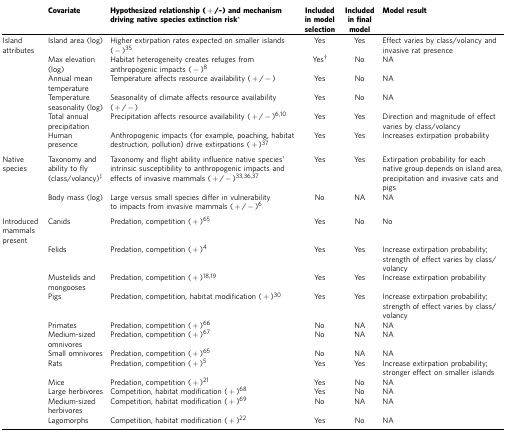
<table><thead><tr><td><b> </b></td><td><b>Covariate</b></td><td><b>Hypothesized relationship (+/–) and mechanism driving native species extinction risk*</b></td><td><b>Included in model selection</b></td><td><b>Included in final model</b></td><td><b>Model result</b></td></tr></thead><tbody><tr><td>Island attributes</td><td>Island area (log)</td><td>Higher extirpation rates expected on smaller islands (−)35</td><td>Yes</td><td>Yes</td><td>Effect varies by class/volancy and invasive rat presence</td></tr><tr><td> </td><td>Max elevation (log)</td><td>Habitat heterogeneity creates refuges from anthropogenic impacts (−)8</td><td>Yes†</td><td>No</td><td>NA</td></tr><tr><td> </td><td>Annual mean temperature</td><td>Temperature affects resource availability (+/−)</td><td>Yes</td><td>No</td><td>NA</td></tr><tr><td> </td><td>Temperature seasonality (log)</td><td>Seasonality of climate affects resource availability (+/−)</td><td>Yes</td><td>No</td><td>NA</td></tr><tr><td> </td><td>Total annual precipitation</td><td>Precipitation affects resource availability (+/−)610</td><td>Yes</td><td>Yes</td><td>Direction and magnitude of effect varies by class/volancy</td></tr><tr><td> </td><td>Human presence</td><td>Anthropogenic impacts (for example, poaching, habitat destruction, pollution) drive extirpations (+)37</td><td>Yes</td><td>Yes</td><td>Increases extirpation probability</td></tr><tr><td>Native species</td><td>Taxonomy and ability to fly (class/volancy)<sup>‡</sup></td><td>Taxonomy and flight ability influence native species&#x27; intrinsic susceptibility to anthropogenic impacts and effects of invasive mammals (+/−)333637</td><td>Yes</td><td>Yes</td><td>Extirpation probability for each native group depends on island area, precipitation and invasive cats and pigs</td></tr><tr><td> </td><td>Body mass (log)</td><td>Large versus small species differ in vulnerability to impacts from invasive mammals (+/−)6</td><td>No</td><td>NA</td><td>NA</td></tr><tr><td>Introduced mammals present</td><td>Canids</td><td>Predation, competition (+)65</td><td>Yes</td><td>No</td><td>No</td></tr><tr><td> </td><td>Felids</td><td>Predation, competition (+)4</td><td>Yes</td><td>Yes</td><td>Increase extirpation probability; strength of effect varies by class/volancy</td></tr><tr><td> </td><td>Mustelids and mongooses</td><td>Predation, competition (+)1819</td><td>Yes</td><td>Yes</td><td>Increase extirpation probability</td></tr><tr><td> </td><td>Pigs</td><td>Predation, competition, habitat modification (+)30</td><td>Yes</td><td>Yes</td><td>Increase extirpation probability; strength of effect varies by class/volancy</td></tr><tr><td> </td><td>Primates</td><td>Predation, competition (+)66</td><td>No</td><td>NA</td><td>NA</td></tr><tr><td> </td><td>Medium-sized omnivores</td><td>Predation, competition (+)67</td><td>No</td><td>NA</td><td>NA</td></tr><tr><td> </td><td>Small omnivores</td><td>Predation, competition (+)65</td><td>No</td><td>NA</td><td>NA</td></tr><tr><td> </td><td>Rats</td><td>Predation, competition (+)5</td><td>Yes</td><td>Yes</td><td>Increase extirpation probability; stronger effect on smaller islands</td></tr><tr><td> </td><td>Mice</td><td>Predation, competition (+)21</td><td>Yes</td><td>No</td><td>NA</td></tr><tr><td> </td><td>Large herbivores</td><td>Competition, habitat modification (+)68</td><td>Yes</td><td>No</td><td>NA</td></tr><tr><td> </td><td>Medium-sized herbivores</td><td>Competition, habitat modification (+)69</td><td>No</td><td>NA</td><td>NA</td></tr><tr><td> </td><td>Lagomorphs</td><td>Competition, habitat modification (+)22</td><td>Yes</td><td>No</td><td>NA</td></tr></tbody></table>